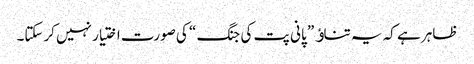
ظاہر ہے کہ یہ تناﺅ ” پانی پت کی جنگ “ کی صورت اختیار نہیں کرسکتا۔